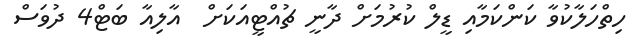
ހިތްހަލާކުވާ ކަންކަމާއި ޑީލް ކުރުމަށް ދާނީ ޗުއްޓީއަކަށް  އާލިއާ ބަޓް4 ދުވަސް